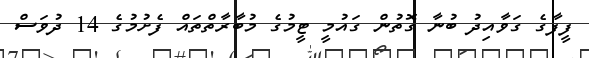
ފީފާގެ ގަވާއިދު ބުނާ ގޮތުން ގައުމީ ޓީމުގެ މުބާރާތްތައް ފެށުމުގެ 14 ދުވަސް